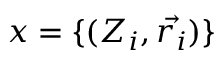
x = \{ ( Z _ { i } , \vec { r _ { i } } ) \}